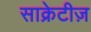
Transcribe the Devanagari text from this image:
साक्रेटीज़